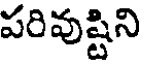
పరివుష్టిని